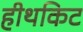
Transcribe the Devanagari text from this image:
हीथकिट